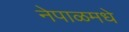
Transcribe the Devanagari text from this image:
नेपाळमधे